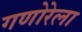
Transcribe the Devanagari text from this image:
गणोरेला